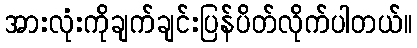
အားလုံးကိုချက်ချင်းပြန်ပိတ်လိုက်ပါတယ်။